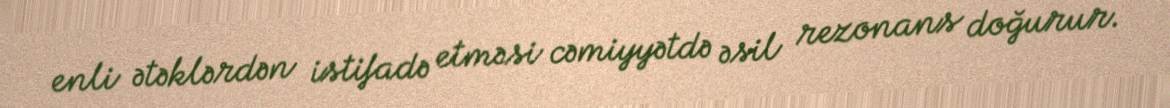
enli ətəklərdən istifadə etməsi cəmiyyətdə əsil rezonans doğurur.